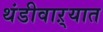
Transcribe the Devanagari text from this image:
थंडीवाऱ्यात